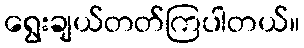
ရွေးချယ်တတ်ကြပါတယ်။